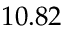
1 0 . 8 2